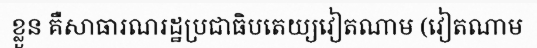
ខ្លួន គឺសាធារណរដ្ឋប្រជាធិបតេយ្យវៀតណាម (វៀតណាម